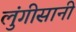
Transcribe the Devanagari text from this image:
लुंगीसानी